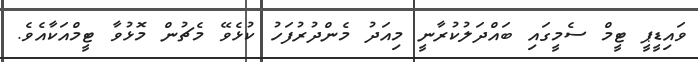
ވައިޑީޕީ ޓީމް ސެމީގައި ބައްދަލުކުރާނީ މިއަދު މެންދުރުފަހު ކުޅެވޭ މެޗުން މޮޅުވާ ޓީމްއަކާއެވެ.